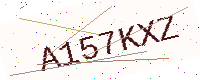
Text: A157KXZ